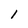
Character: l